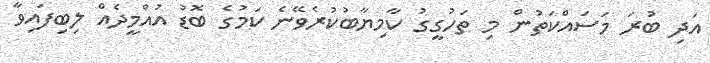
އަދި ބުރަ މަސައްކަތުން މި ތަހުގީގު ކާމިޔާބުކުރެވޭނެ ކަމުގެ ބޮޑު އުއްމީދެއް ލިބިފައިވާ